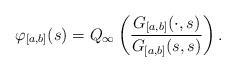
LaTeX: \begin{align*}\varphi_{[a,b]}(s)=Q_\infty\left( \frac{G_{[a,b]}(\cdot,s)}{G_{[a,b]}(s,s)} \right).\end{align*}